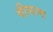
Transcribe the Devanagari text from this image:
वीसल्स